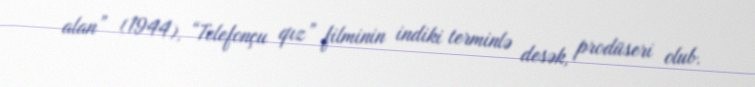
alan” (1944), “Telefonçu qız” filminin indiki terminlə desək, prodüseri olub.